Vaccination in the Punjab 1897-1904 - 1897-1904
Year: 1897
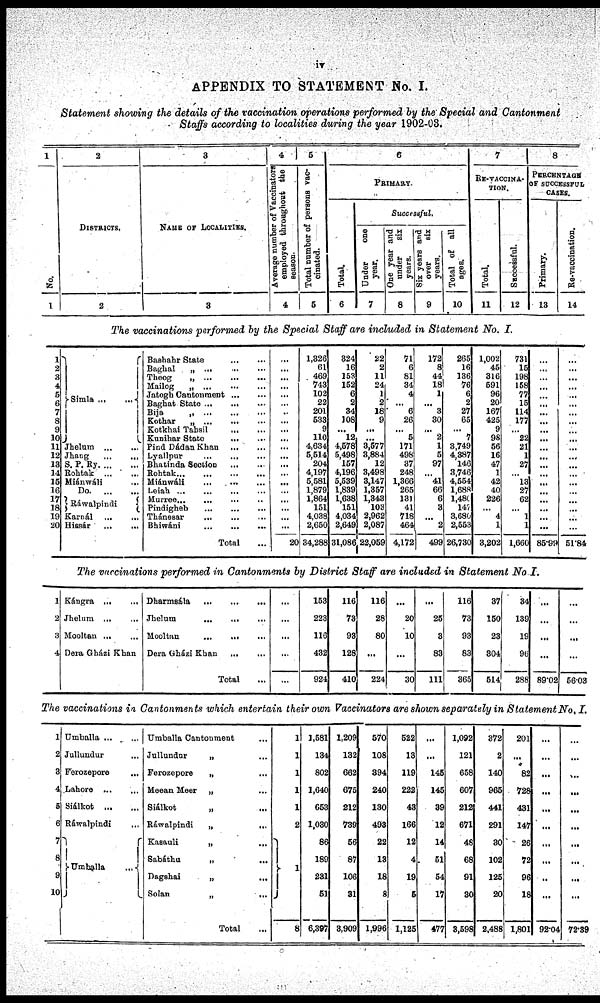
iv
APPENDIX TO STATEMENT No. I.
Statement showing the details of the vaccination operations performed by the Special and Cantonment
Staffs according to localities during the year 1902-03.
1
No.
1
2
DISTRICTS.
2
3
NAME OF LOCALITIES.
3
4
Average number of Vaccinators
employed throughout the
season.
4
5
Total number of persons vac¬
cinated.
5
6
PRIMARY.
Total.
6
Successful.
Under
one
year.
7
One year and
under
six
years.
8
Six years and
over
six
years.
9
Total of all
ages.
10
7
RE-VACCINA-
TION.
Total.
11
Successful.
12
8
PERCENTAGE
OF SUCCESSFUL
CASES.
Primary.
13
Re-vaccination.
14
The vaccinations performed by the Special Staff are included in Statement No. I.
1
2
3
4
5
6
7
8
9
10
11
12
13
14
15
16
17
18
19
20
Simla
...
...
Jhelum
...
...
Jhang
...
...
S. P. Ry. ... ...
Rohtak
...
...
Miánwáli ... ...
Do.
...
...
Ráwalpindi ... ...
Karnál
...
...
Hissár
...
...
Bashahr State
...
...
Baghal „ ... ... ...
Theog
„
...
...
...
Mailog
„
...
...
...
Jatogh Cantonment
...
...
Baghat State ... ... ...
Bija
„
...
...
...
Kothar „ ... ... ...
Kotkhai Tahsil
...
...
Kunihar State
...
...
Pind Dádan Khan
...
...
Lyallpur
...
...
...
Bhatinda Section
...
...
Rohtak
...
...
...
...
Miánwáli
...
...
...
Leiah
...
...
...
...
Murree ... ... ... ...
Pindigheb
...
...
...
Thánesar ... ... ...
Bhiwáni
...
...
...
Total ...
...
...
...
...
...
...
...
...
...
...
...
...
...
...
...
...
...
...
...
...
20
1,326
61
469
743
102
22
201
533
9
110
4,634
5,514
204
4,197
5,581
1,879
1,864
151
4,038
2,650
34,288
324
16
153
152
6
2
34
108
...
12
4,578
5,498
157
4,196
5,539
1,839
1,638
151
4,034
2,649
31,086
22
2
11
24
1
2
18
9
...
...
3,577
3,884
12
3,498
3,147
1,357
1,343
103
2,962
2,087
22,059
71
6
81
34
4
... 6
26
...
5
171
498
37
248
1,366
265
131
41
718
464
4,172
172
8
44
18
1
...
3
30
...
2
1
5
97
...
41
66
6
3
...
2
499
265
16
136
76
6 2
27
65
...
7
3,749
4,387
146
3,746
4,554
1,688
1,480
147
3,680
2,553
26,730
1,002
45
316
591
96
20
167
425
9
98
56
16
47
1
42
40
226
...
4
1
3,202
731
15
198
158
77
15
114
177
...
22
21
1
27
...
13
27
62
...
1
1
1,660
...
...
...
...
...
...
...
...
...
...
...
...
...
...
...
...
...
...
...
...
85.99
...
...
...
...
...
...
...
...
...
...
...
...
...
...
...
...
...
...
...
...
51.84
The vaccinations performed in Cantonments by District Staff are included in Statement No I.
1
2
3
4
Kángra
...
...
Jhelum ... ...
Mooltan
...
...
Dera Gházi Khan
Dharmsála
...
...
...
Jhelum ... ... ...
Mooltan ... ... ...
Dera Gházi Khan
...
...
Total ...
...
...
...
...
...
153
223
116
432
924
116
73
93
128
410
116
28
80
...
224
...
20
10
...
30
...
25
3
83
111
116
73
93
83
365
37
150
23
304
514
34
139
19
96
288
...
...
...
...
89.02
...
...
...
...
56.03
The vaccinations in Cantonments which entertain their own Vaccinators are shown separately in Statement No. I.
1
2
3
4
5
6
7
8
9
10
Umballa ... ...
Jullundur ... ...
Ferozepore ... ...
Lahore
...
...
Siálkot
...
...
Ráwalpindi ... ...
Umballa ... ...
Umballa Cantonment ...
Jullundur „ ...
Ferozepore „ ...
Meean Meer „ ...
Siálkot
„
...
Ráwalpindi
„
...
Kasauli „ ...
Sabáthu „ ...
Dagshai
„
...
Solan
„
...
Total ...
1
1
1
1
1
2
1
8
1,581
134
802
1,640
653
1,030
86
189
231
51
6,397
1,209
132
662
675
212
739
56
87
106
31
3,909
570
108
394
240
130
493
22
13
18
8
1,996
522
13
119
222
43
166
12
4
19
5
1,125
...
...
145
145
39
12
14
51
54
17
477
1,092
121
658
607
212
671
48
68
91
30
3,598
372
2
140
965
441
291
30
102
125
20
2,488
201
...
82
728
431
147
26
72
96
18
1,801
...
...
...
...
...
...
...
...
...
...
92.04
...
...
...
...
...
...
...
...
...
...
72.39